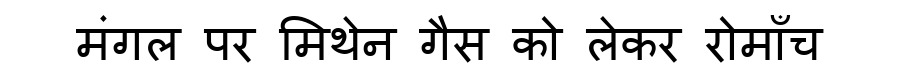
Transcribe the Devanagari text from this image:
मंगल पर मिथेन गैस को लेकर रोमाँच